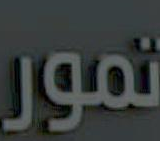
تمور